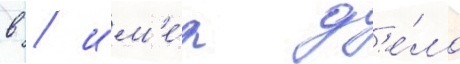
в / им'е́я д'е́ло